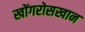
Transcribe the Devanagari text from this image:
खोंगरोसखान